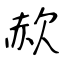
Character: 赥